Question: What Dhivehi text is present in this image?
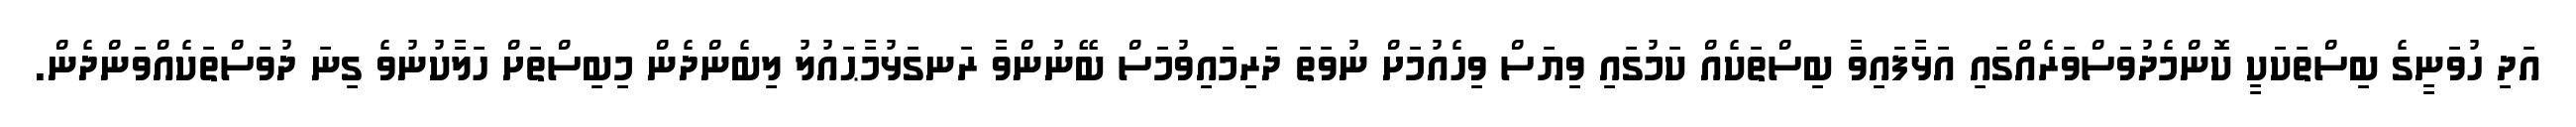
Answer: އަދި ހުވަނީގެ ބިސްތަކަކީ ކޮންމެދުވަސްވަރެއްގައި އަޅާފައިވާ ބިސްތަކެއް ކަމުގައި ވިޔަސް ވިހެއުމަށް ނުވަތަ ދަރިމައިވުމަސް ބޭނުންވާ ރަނގަޅުމާޙައުލު ލިބެންދެން މިބިސްތަށް ހަލާކުނުވެ ގިނަ ދުވަސްތަކެއްވަންދެން.